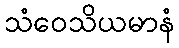
သံဝေသိယမာနံ